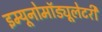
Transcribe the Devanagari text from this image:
इम्यूनोमॉड्यूलेटरी